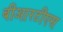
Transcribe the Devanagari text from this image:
बीआरटीएस